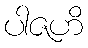
ပါဇဟိ